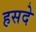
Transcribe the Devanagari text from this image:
हसदे